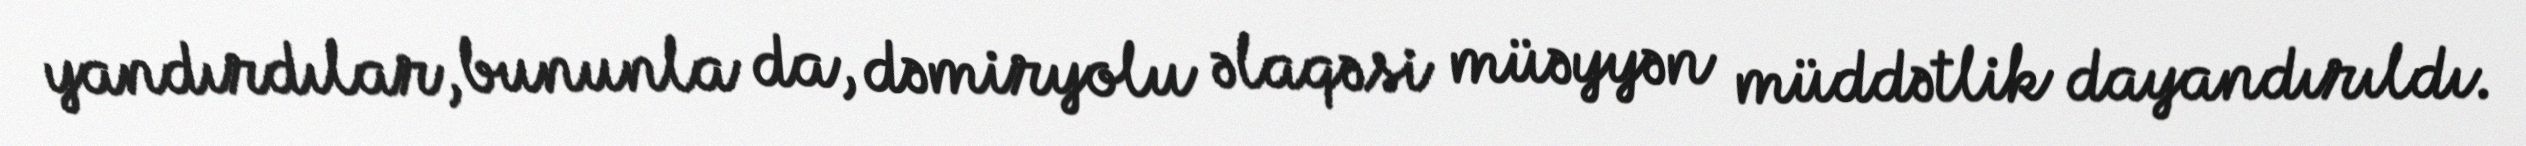
yandırdılar, bununla da, dəmiryolu əlaqəsi müəyyən müddətlik dayandırıldı.